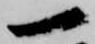
一